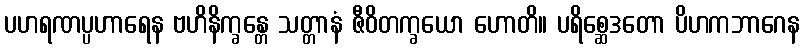
ပဟရဏပ္ပဟာရေန ဗဟိနိက္ခန္တေ သတ္တာနံ ဇီဝိတက္ခယော ဟောတိ။ ပရိစ္ဆေဒတော ပိဟကဘာဂေန